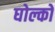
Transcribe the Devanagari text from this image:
घोल्को